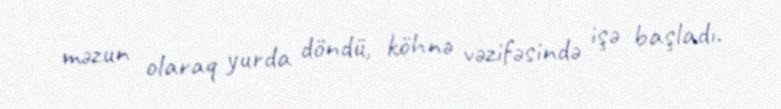
məzun olaraq yurda döndü, köhnə vəzifəsində işə başladı.